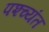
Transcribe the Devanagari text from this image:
पश्च्यंत